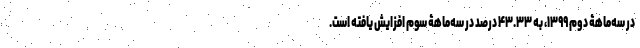
در سه‌ماهۀ دوم ۱۳۹۹، به ۴۳.۳۳ درصد در سه‌ماهۀ سوم افزایش یافته است.